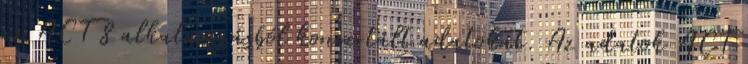
az ACT 8 alkalmazásból konvertált adatokat. Az adatok ACT